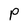
Character: P